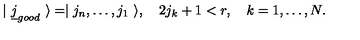
| \ \underline { j } _ { g o o d } \ \rangle = \mid j _ { n } , \dots , j _ { 1 } \ \rangle , \quad 2 j _ { k } + 1 < r , \quad k = 1 , \dots , N .